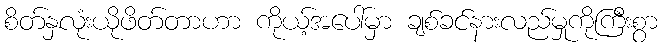
စိတ်နှလုံးယိုဖိတ်တာဟာ ကိုယ့်အပေါ်မှာ ချစ်ခင်နားလည်မှုကိုကြီးစွာ